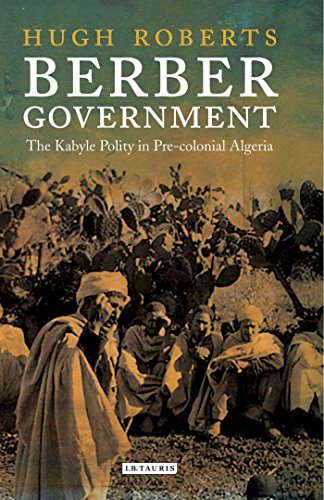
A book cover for Berber Government: The Kabyle Polity in Pre-Colonial Algeria (Library of Middle East History); Hugh Roberts; History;